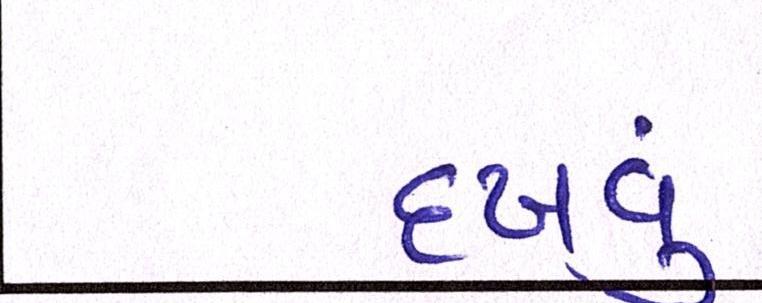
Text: દઃખવું